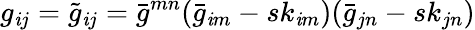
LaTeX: g_{\mathit{i}j}=\tilde{{g}}_{\mathit{i}j}=\bar{{g}}^{mn}(\bar{{g}}_{\mathit{i}m}-sk_{\mathit{i}m})(\bar{{g}}_{jn}-sk_{jn})